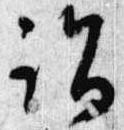
詣